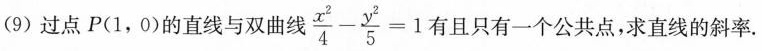
(9) 过点P(1，0)的直线与双曲线 $$\frac { x ^ { 2 } } { 4 } - \frac { y ^ { 2 } }